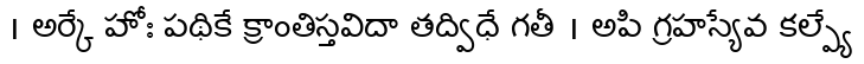
। అర్కే హోః పథికే క్రాంతిస్తవిదా తద్విధే గతీ । అపి గ్రహస్యేవ కల్ప్యే